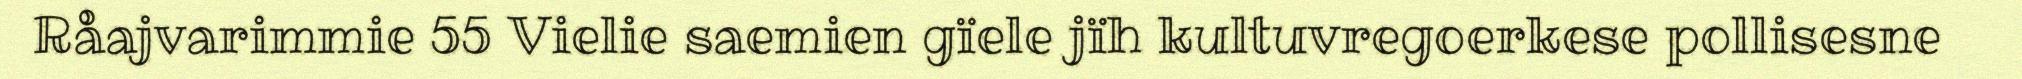
Råajvarimmie 55 Vielie saemien gïele jïh kultuvregoerkese pollisesne